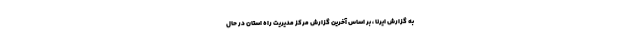
به گزارش ایرنا ، بر اساس آخرین گزارش مرکز مدیریت راه استان در حال